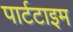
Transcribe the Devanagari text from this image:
पार्टटाइम